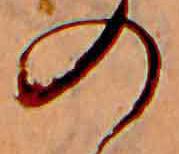
の